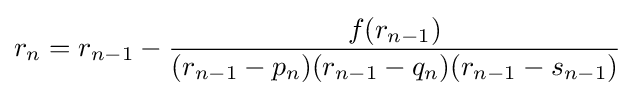
r_{n}=r_{n-1}-{\frac {f(r_{n-1})}{(r_{n-1}-p_{n})(r_{n-1}-q_{n})(r_{n-1}-s_{n-1})}}